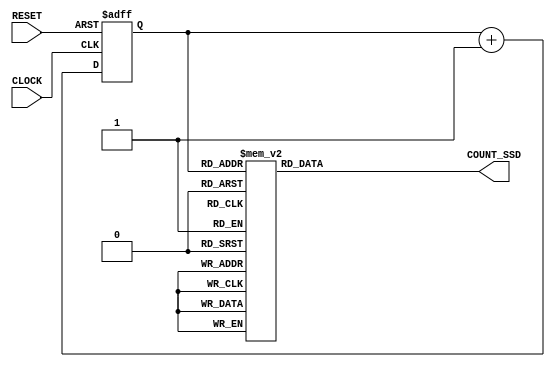
module COUNTER(RESET,CLOCK,COUNT_SSD);
input wire CLOCK, RESET;
output reg [6:0]COUNT_SSD;

reg[2:0]COUNT;

always @(COUNT)
	case (COUNT)
		3'b000 : COUNT_SSD = 7'b1000000;
		3'b001 : COUNT_SSD = 7'b1111001;
		3'b010 : COUNT_SSD = 7'b0100100;
		3'b011 : COUNT_SSD = 7'b0110000;
		3'b100 : COUNT_SSD = 7'b0011001;
		3'b101 : COUNT_SSD = 7'b0010010;
		3'b110 : COUNT_SSD = 7'b0000010;
		3'b111 : COUNT_SSD = 7'b1111000;
		default : COUNT_SSD = 7'b0000110;
	endcase


always @(posedge CLOCK or negedge RESET)
	if (!RESET)
		COUNT <= 3'b000;
	else
		COUNT <= COUNT + 1;
		
endmodule